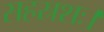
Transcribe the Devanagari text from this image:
सहस्रशः।